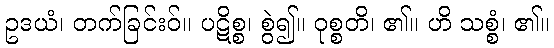
ဥဒယံ၊ တက်ခြင်းဝ်။ ပဋိစ္စ၊ စွဲ၍။ ဝုစ္စတိ၊ ၏။ ဟိ သစ္စံ၊ ၏။